Report on vaccination North-West Frontier Province 1904-1922 - 1904-1922
Year: 1904
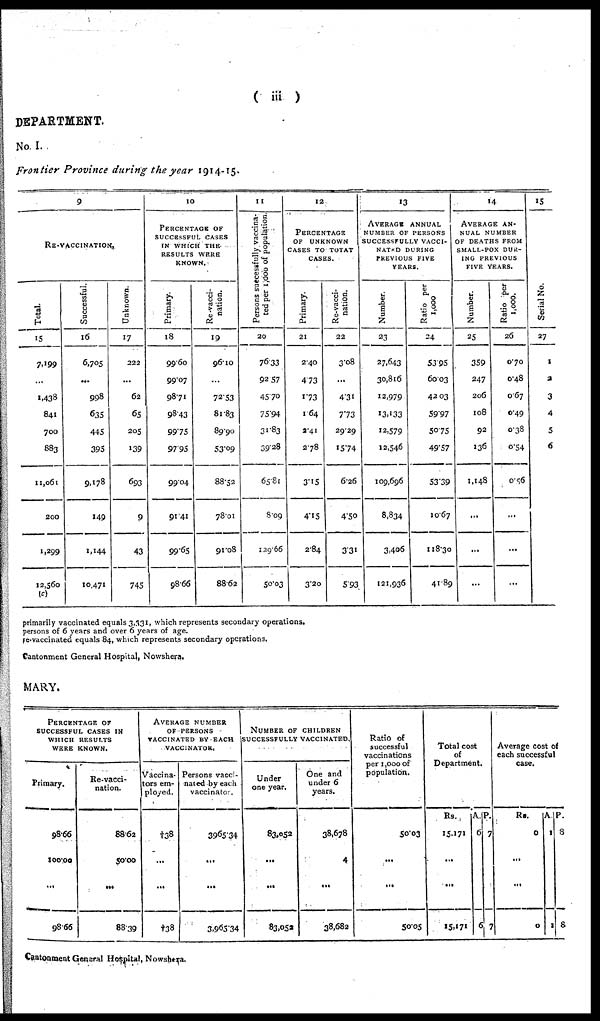
( iii)
DEPARTMENT.
No. I.
Frontier Province during the year 1914-15.
9
RE-VACCINATION.
Total.
15
7,199
...
1,438
841
700
883
11,061
200
1,299
12,560
(c)
Successful.
16
6,705
...
998
635
445
395
9,178
149
1,144
10,471
Unknown.
17
222
...
62
65
205
139
693
9
43
745
10
PERCENTAGE OF
SUCCESSFUL CASES
IN WHICH THE
RESULTS WERE
KNOWN.
Primary.
18
99.60
99.07
98.71
98.43
99.75
97.95
99.04
91.41
99.65
98.66
Re -vacci-
nation.
19
96.10
...
72.53
81.83
89.90
53.09
88.52
78.01
91.08
88.62
11
Persons successfully vaccina-
ted per 1,000 of population.
20
76.33
92.57
45.70
75.94
31.83
39.28
65.81
8.09
129.66
50.03
12
PERCENTAGE
OF UNKNOWN
CASES TO TOTAT
CASES.
Primary.
21
2.40
4.73
1.73
1.64
2.41
278
3.15
4.15
2.84
3.20
Re-vacci-
nation.
22
3.08
...
4.31
7.73
29.29
15.74
6.26
4.50
3.31
5.93
13
AVERAGE ANNUAL
NUMBER OF PERSONS
SUCCESSFULLY VACCI-
NATED DURING
PREVIOUS FIVE
YEARS.
Number.
23
27,643
30,816
12,979
13,133
12,579
12,546
109,696
8,834
3,406
121,936
Ratio per
1,000
24
53.95
60.03
42.03
59.97
50.75
49.57
53.39
10.67
118.30
41.89
14
AVERAGE AN-
NUAL NUMBER
OF DEATHS FROM
SMALL-POX DUR-
ING PREVIOUS
FIVE YEARS.
Number.
25
359
247
206
108
92
136
1,148
...
...
...
Ratio per
1,000.
26
0.70
0.48
0.67
0.49
0.38
0.54
0.56
...
...
...
15
Serial No.
27
1
2
3
4
5
6
primarily vaccinated equals 3,331, which represents secondary operations.
persons of 6 years and over 6 years of age.
re-vaccinated equals 84, which represents secondary operations.
Cantonment General Hospital, Nowshera.
MARY.
PERCENTAGE OF
SUCCESSFUL CASES IN
WHICH RESULTS
WERE KNOWN.
Primary.
98.66
100.00
...
98.66
Re-vacci-
nation.
88.62
50.00
...
88.39
AVERAGE NUMBER
OF PERSONS
VACCINATED BY EACH
VACCINATOR.
Vaccina¬
tors em-
ployed.
†38
...
...
†38
Persons vacci-
nated by each
vaccinator.
3965.34
...
...
3,965.34
NUMBER OF CHILDREN
SUCCESSFULLY VACCINATED.
Under
one year.
83,052
...
...
83,052
One and
under 6
years.
38,678
4
...
38,682
Ratio of
successful
vaccinations
per 1,000 of
population.
50.03
...
...
50.05
Total cost
of
Department.
Rs.
15,171
A.
6
P.
7
...
...
15,171 6 7
Average cost of
each successful
case.
Rs.
0
A.
1
P.
8
...
...
0
1 8
Cantonment General Hospital, Nowshera.